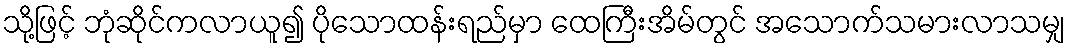
သို့ဖြင့် ဘုံဆိုင်ကလာယူ၍ ပိုသောထန်းရည်မှာ ထေကြီးအိမ်တွင် အသောက်သမားလာသမျှ